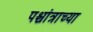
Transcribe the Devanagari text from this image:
पश्चांत्राच्या